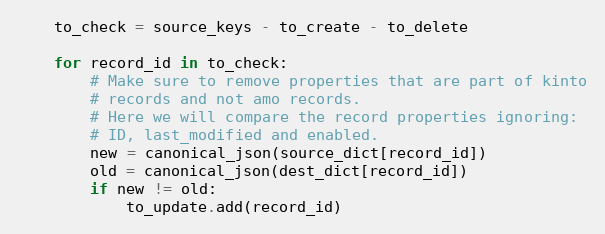
Language: Python
    to_check = source_keys - to_create - to_delete

    for record_id in to_check:
        # Make sure to remove properties that are part of kinto
        # records and not amo records.
        # Here we will compare the record properties ignoring:
        # ID, last_modified and enabled.
        new = canonical_json(source_dict[record_id])
        old = canonical_json(dest_dict[record_id])
        if new != old:
            to_update.add(record_id)